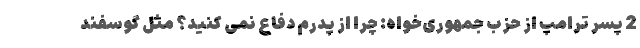
2 پسر ترامپ از حزب جمهوری‌خواه: چرا از پدرم دفاع نمی کنید؟ مثل گوسفند